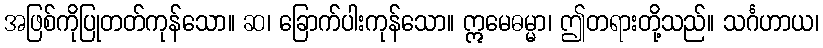
အဖြစ်ကိုပြုတတ်ကုန်သော။ ဆ၊ ခြောက်ပါးကုန်သော။ ဣမေဓမ္မာ၊ ဤတရားတို့သည်။ သင်္ဂဟာယ၊